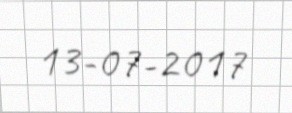
13-07-2017